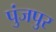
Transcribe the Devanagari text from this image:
पुंजपुर